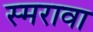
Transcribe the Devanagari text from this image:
स्मरावा